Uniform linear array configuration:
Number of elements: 8
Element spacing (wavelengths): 0.25
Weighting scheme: hamming
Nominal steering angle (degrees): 30
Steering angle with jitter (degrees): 30.055
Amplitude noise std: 0.05
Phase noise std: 0.05

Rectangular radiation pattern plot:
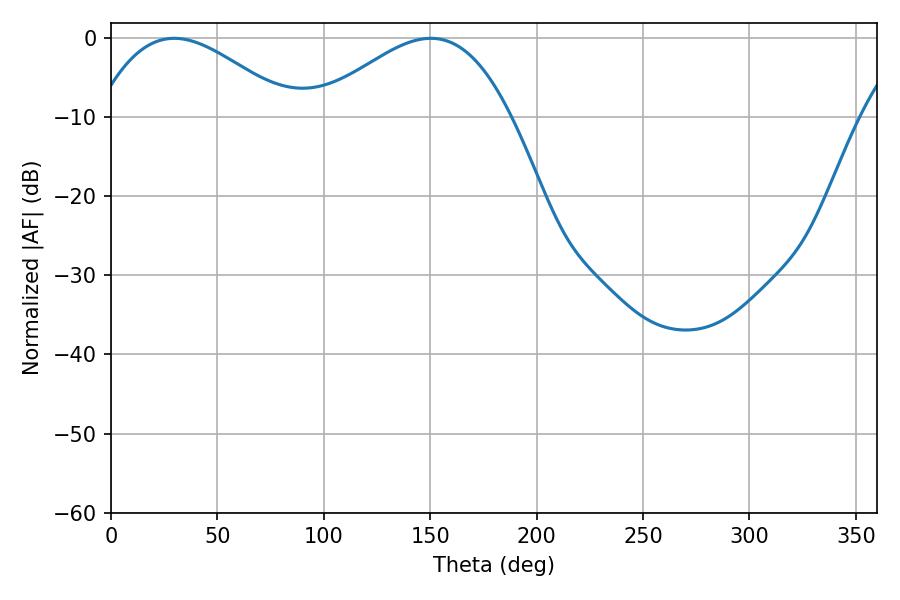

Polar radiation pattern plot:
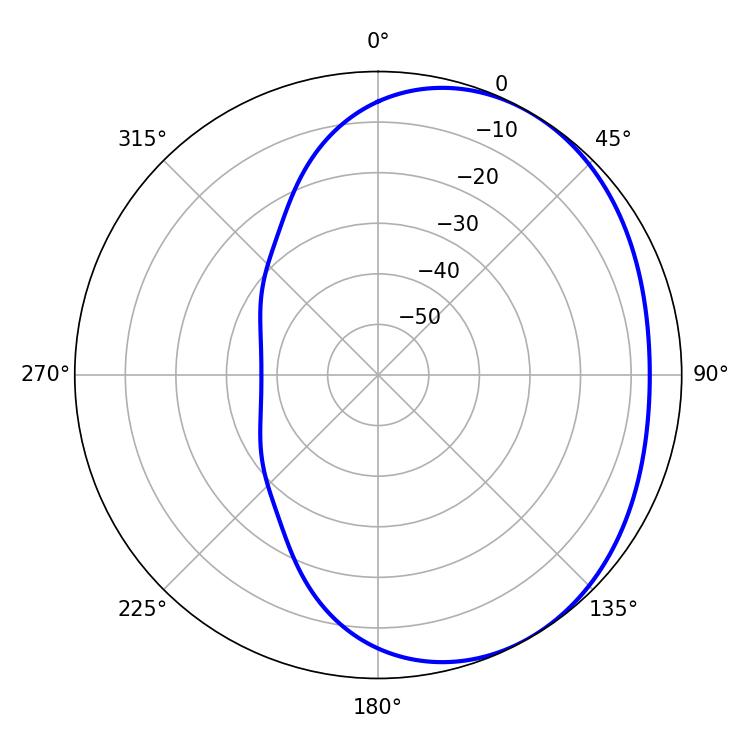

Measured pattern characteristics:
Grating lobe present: FALSE
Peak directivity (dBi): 2.761
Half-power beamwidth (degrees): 49.86
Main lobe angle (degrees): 29.7